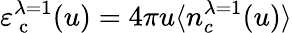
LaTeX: \varepsilon_{\mathrm{~c~}}^{\lambda=1}(u)=4\pi u\langle n_{c}^{\lambda=1}(u)\rangle